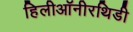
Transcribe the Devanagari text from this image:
हिलीऑनीरथिडी